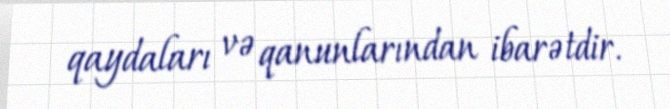
qaydaları və qanunlarından ibarətdir.